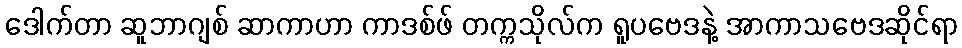
ဒေါက်တာ ဆူဘာဂျစ် ဆာကာဟာ ကာဒစ်ဖ် တက္ကသိုလ်က ရူပဗေဒနဲ့ အာကာသဗေဒဆိုင်ရာ